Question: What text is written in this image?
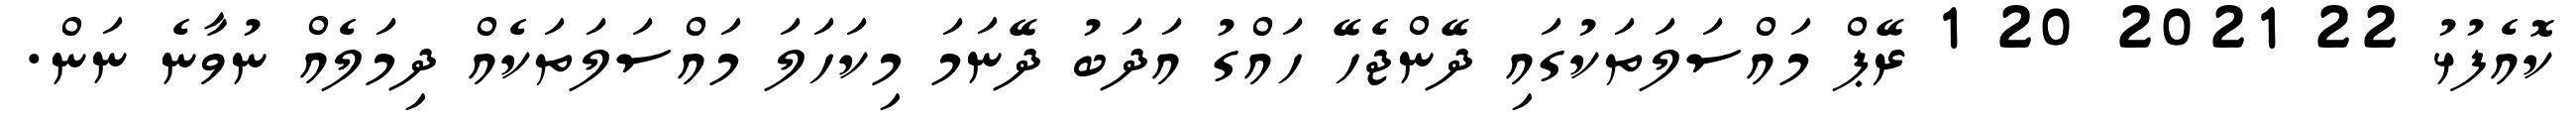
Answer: ކޮއެފުޅު 22 2021 20 1 ރޭޕް މައްސަލަތަކުގައި ދޭންޖެހޭ ހައްގު އަދަބު ދޭނަމަ މިކަހަލަ މައްސަލަތަކެއް ދިމަލެއް ނުވާނެ ނަން.